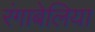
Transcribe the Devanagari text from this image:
रंगाबेलिया